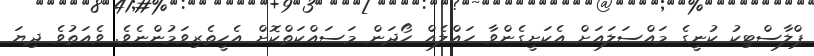
ޕްލާސްޓިކު ކުނީގެ މައްސަލައަށް އެކަށީގެންވާ ހައްލެއް ހޯދަން މަސައްކަތްކޮށް އެހީތެރިވަމުންނެވެ. ވެއަތުވެ ދިޔަ